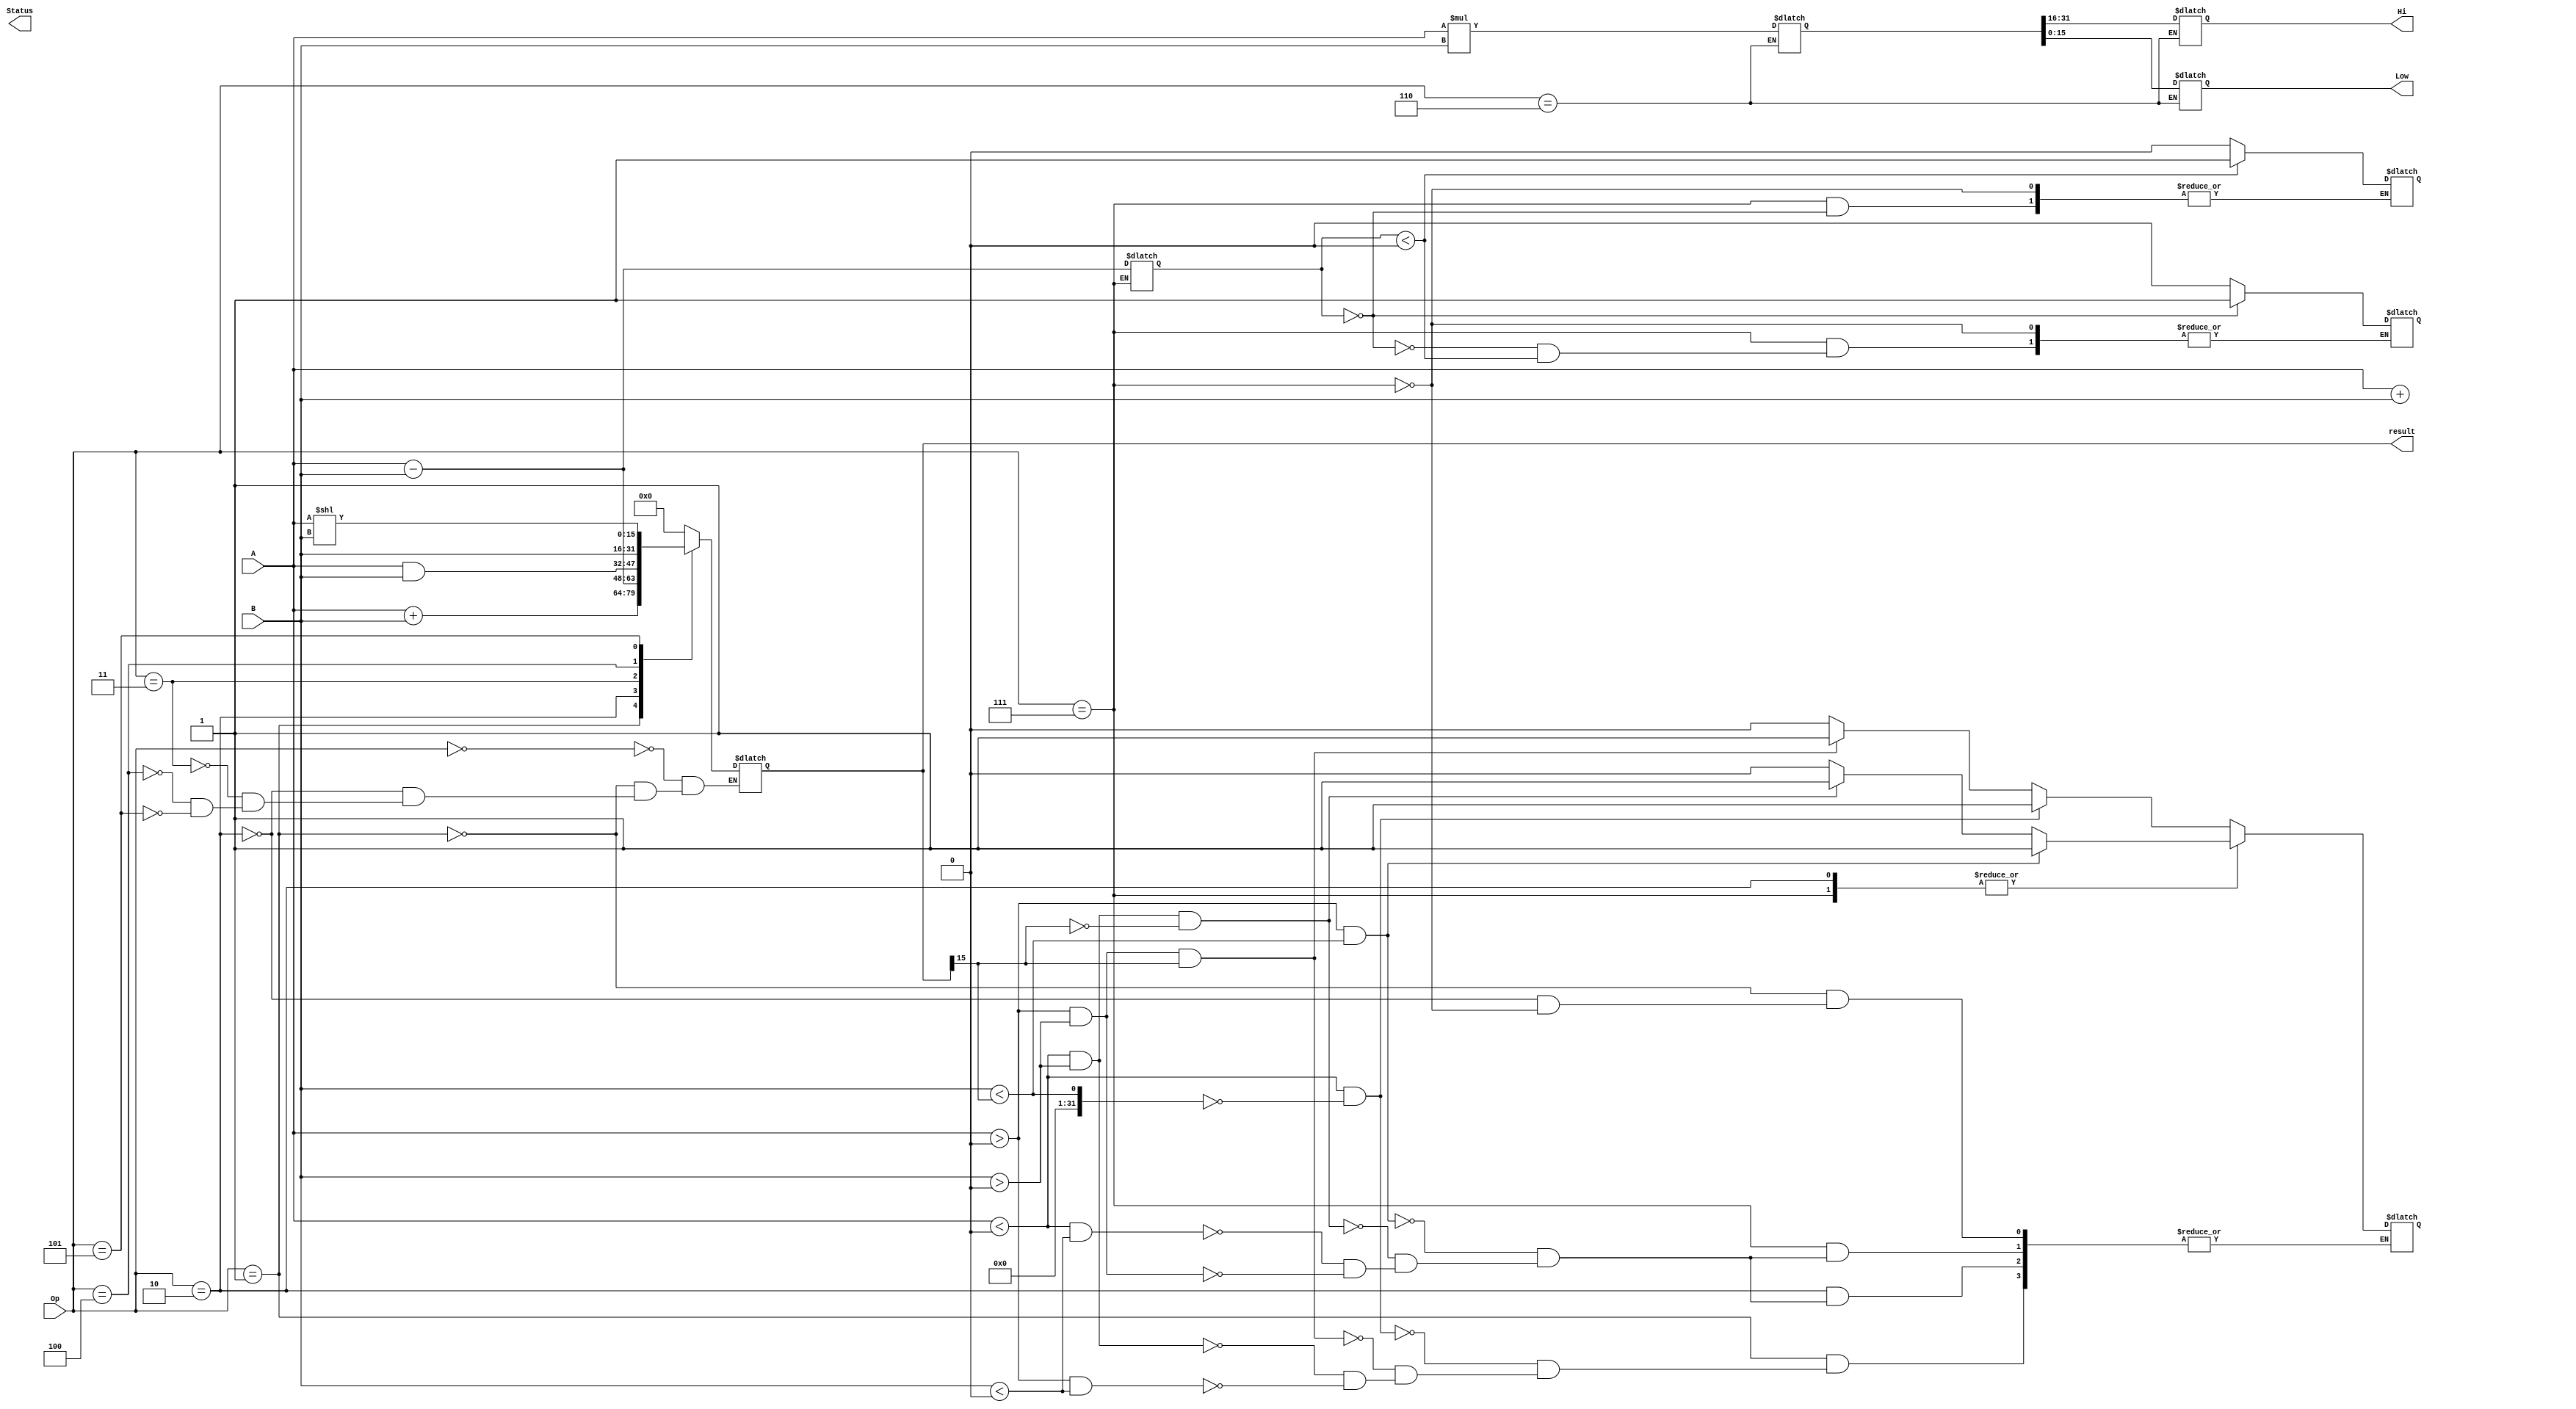
module ALU (A, B, Op, result, Hi, Low, Status);
	input [15:0] A, B;
	input [2:0] Op;
	output [15:0] result, Hi, Low, Status;
	
	reg [15:0] Alu_result;
	reg [15:0] hi, low;
	reg [31:0] mul_result;
	reg [15:0] sub_result;
	reg [15:0] status;
	wire [16:0] tmp;
	

assign result = Alu_result;
assign Hi = hi;
assign Low = low;
assign Status = status;
assign tmp = {1'b0,A} + {1'b0,B};
assign carry = tmp[16];


always @(A or B)
	begin
		status[13] <= carry;
		case(Op)
			3'b000: Alu_result <= 0;
			3'b001:
				begin
					Alu_result <= A + B;
					if(A > 0 & B < 0)
						begin
							status[12] <= 0;
						end
					if(A < 0 & B > 0)
						begin
							status[12] <= 0;
						end
					if(A > 0 & B > 0 & Alu_result[15] == 1)
						begin
							status[12] <= 1;
						end
					if(A < 0 & B < & Alu_result[15] == 0)
						begin
							status[12] <= 1;
						end
				end
			
			3'b010: 
				begin
					Alu_result <= A - B;
					if(A > 0 & B > 0)
						begin
							status[12] <= 0;
						end
					if(A < 0 & B < 0)
						begin
							status[12] <= 0;
						end
					if(A < 0 & B > 0 & Alu_result[15] == 0)
						begin
							status[12] <= 1;
						end
					if(A > 0 & B < & Alu_result[15] == 1)
						begin
							status[12] <= 1;
						end
				end
			3'b011: Alu_result <= A & B;
			3'b100: Alu_result <= B;
			3'b101: Alu_result <= A << B;
			3'b110: 
				begin
				mul_result <= A * B;
				hi <= mul_result[31:16];
				low <= mul_result[15:0];
				end
			3'b111: 
				begin
					sub_result <= A - B;
					if(A > 0 & B > 0)
						begin
							status[12] <= 0;
						end
					if(A < 0 & B < 0)
						begin
							status[12] <= 0;
						end
					if(A < 0 & B > 0 & Alu_result[15] == 0)
						begin
							status[12] <= 1;
						end
					if(A > 0 & B < & Alu_result[15] == 1)
						begin
							status[12] <= 1;
						end

					if(sub_result == 0)
						begin
							status[15] <= 1;
						end
					else if (sub_result < 0)
						begin
							status[14] <= 1;
						end
					else
						begin
				 			status[15] <= 0;
							status[14] <= 0;
				 		end
				end
		endcase
	end
endmodule